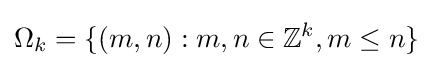
\Omega _{k}=\{(m,n):m,n\in \mathbb {Z} ^{k},m\leq n\}